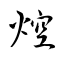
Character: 焢